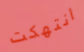
انتهكت